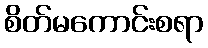
စိတ်မကောင်းစရာ